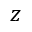
z